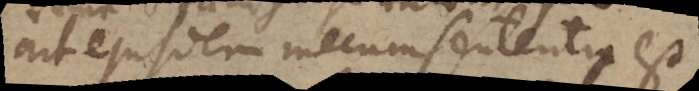
ait ejusdem mecum sententia est